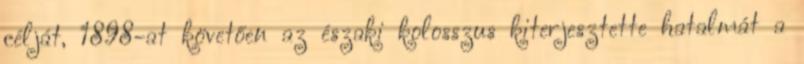
célját, 1898-at követően az északi kolosszus kiterjesztette hatalmát a